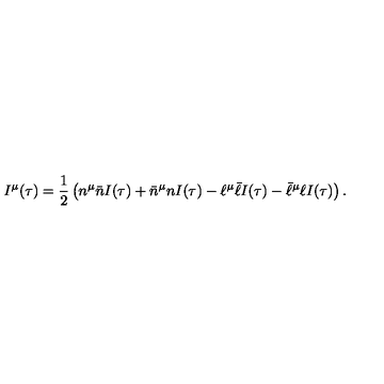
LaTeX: I ^ { \mu } ( \tau ) = \frac { 1 } { 2 } \left( n ^ { \mu } \bar { n } I ( \tau ) + \bar { n } ^ { \mu } n I ( \tau ) - \ell ^ { \mu } \bar { \ell } I ( \tau ) - \bar { \ell } ^ { \mu } \ell I ( \tau ) \right) .